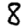
Digit: 8